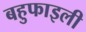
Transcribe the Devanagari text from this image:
बहुफाइली